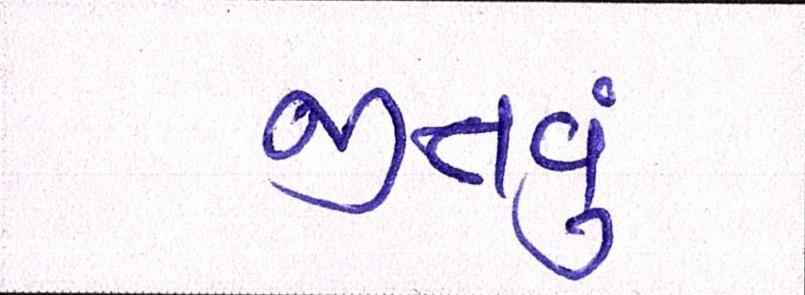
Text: જીતવું